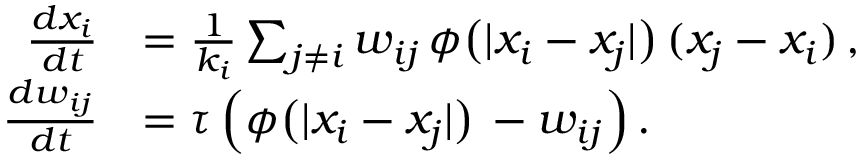
\begin{array} { r l } { \frac { d x _ { i } } { d t } } & { = \frac { 1 } { k _ { i } } \sum _ { j \neq i } w _ { i j } \, \phi \big ( | x _ { i } - x _ { j } | \big ) \, ( x _ { j } - x _ { i } ) \, , } \\ { \frac { d w _ { i j } } { d t } } & { = \tau \, \Big ( \phi \big ( | x _ { i } - x _ { j } | \big ) \, - w _ { i j } \Big ) \, . } \end{array}